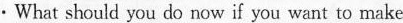
.What should you do now if you want to make